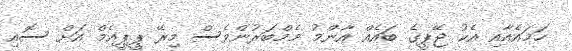
ހަމައެއާއި އެކު ޖޭޕީގެ ބައެއް އާންމު މެމްބަރުންވެސް މިރޭ ޕީޕީއެމް އަށް ސޮއި